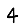
Digit: 4